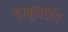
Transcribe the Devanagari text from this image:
है।बुलडॉग